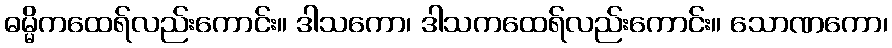
ဓမ္မိကထေရ်လည်းကောင်း။ ဒါသကော၊ ဒါသကထေရ်လည်းကောင်း။ သောဏကော၊